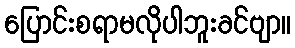
ပြောင်းစရာမလိုပါဘူးခင်ဗျာ။